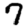
Digit: 7